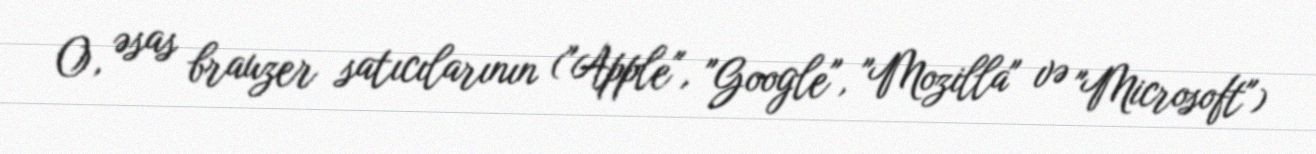
O, əsas brauzer satıcılarının ("Apple", "Google", "Mozilla" və "Microsoft")